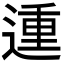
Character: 𨔝